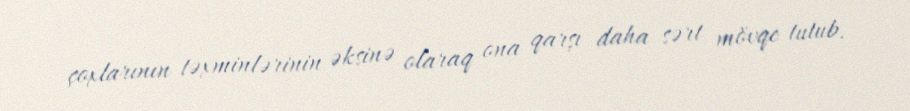
çoxlarının təxminlərinin əksinə olaraq ona qarşı daha sərt mövqe tutub.